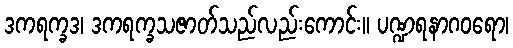
ဒကရက္ခဒ၊ ဒကရက္ခသဇာတ်သည်လည်းကောင်း။ ပဏ္ဍရနာဂဝရော၊